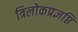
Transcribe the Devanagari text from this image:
त्रिलोकप्रज्ञप्ति